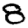
Digit: 8